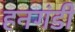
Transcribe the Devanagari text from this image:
हनगंडी